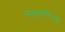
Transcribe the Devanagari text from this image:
सक्षमरित्या